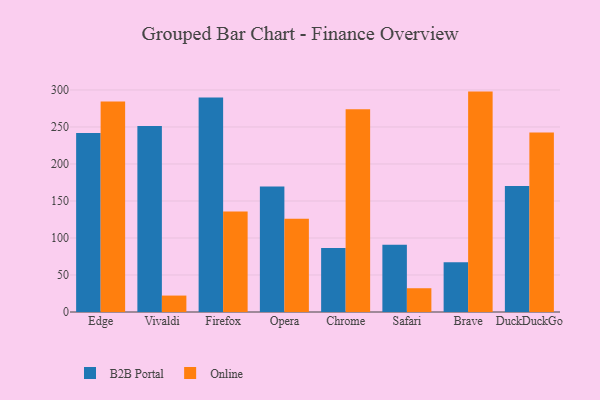
{"axis": {"x": "Browser", "y": "Satisfaction Score"}, "legend": ["B2B Portal", "Online"], "data": [{"x": "Edge", "y": 241.9, "type": "B2B Portal"}, {"x": "Edge", "y": 284.5, "type": "Online"}, {"x": "Vivaldi", "y": 251.2, "type": "B2B Portal"}, {"x": "Vivaldi", "y": 22.2, "type": "Online"}, {"x": "Firefox", "y": 289.8, "type": "B2B Portal"}, {"x": "Firefox", "y": 135.7, "type": "Online"}, {"x": "Opera", "y": 169.7, "type": "B2B Portal"}, {"x": "Opera", "y": 126.1, "type": "Online"}, {"x": "Chrome", "y": 86.5, "type": "B2B Portal"}, {"x": "Chrome", "y": 274.1, "type": "Online"}, {"x": "Safari", "y": 91.0, "type": "B2B Portal"}, {"x": "Safari", "y": 32.1, "type": "Online"}, {"x": "Brave", "y": 67.3, "type": "B2B Portal"}, {"x": "Brave", "y": 297.8, "type": "Online"}, {"x": "DuckDuckGo", "y": 170.4, "type": "B2B Portal"}, {"x": "DuckDuckGo", "y": 242.6, "type": "Online"}]}